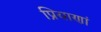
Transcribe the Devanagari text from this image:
प्रियाणां